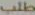
طلب